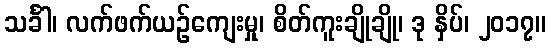
သင်္ခါ၊ လက်ဖက်ယဉ်ကျေးမှု၊ စိတ်ကူးချိုချို၊ ဒု နှိပ်၊ ၂၀၁၇။